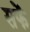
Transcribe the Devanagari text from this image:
सफें